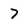
Character: 7